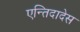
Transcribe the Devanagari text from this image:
एन्तिदादेस